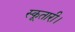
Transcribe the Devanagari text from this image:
स्कूतारी।